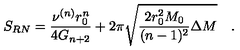
S _ { R N } = \frac { \nu ^ { ( n ) } r _ { 0 } ^ { n } } { 4 G _ { n + 2 } } + 2 \pi \sqrt { \frac { 2 r _ { 0 } ^ { 2 } M _ { 0 } } { ( n - 1 ) ^ { 2 } } \Delta M } \quad .